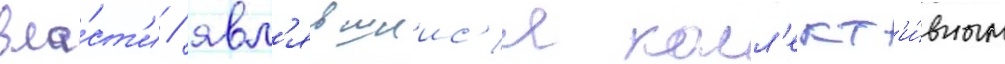
вла́ст'и / явл'явшиис'я колл'ект'и́вным